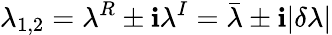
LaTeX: \lambda_{1,2}=\lambda^{R}\pm\mathbf{i}\lambda^{I}=\bar{{\lambda}}\pm\mathbf{i}|\delta\lambda|